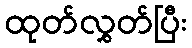
ထုတ်လွှတ်ပြီး